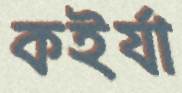
কইর্যা